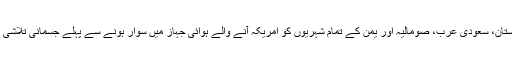
نئے ضابطوں کے مطابق، نائجیریا، افغانستان، الجیریا، لبنان، لیبیا، عراق، پاکستان، سعودی عرب، صومالیہ اور یمن کے تمام شہریوں کو امریکہ آنے والے ہوائی جہاز میں سوار ہونے سے پہلے جسمانی تلاشی کے عمل سے گزرنا ہوگا اور ان کے سامان کی اضافی چیکنگ کی جائے گی۔